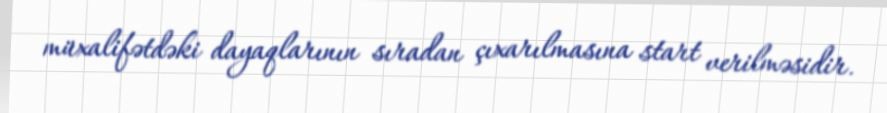
müxalifətdəki dayaqlarının sıradan çıxarılmasına start verilməsidir.